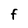
Character: F